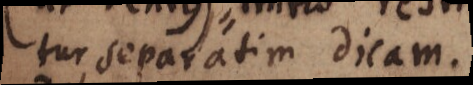
tur, separatim dicam.